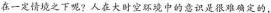
在一定情境之下呢?人在大时空环境中的意识是很难确定的，